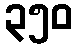
၃၅၀